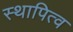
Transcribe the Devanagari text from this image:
स्थापित्व